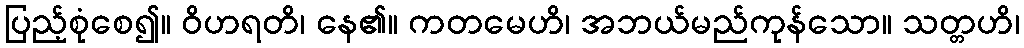
ပြည့်စုံစေ၍။ ဝိဟရတိ၊ နေ၏။ ကတမေဟိ၊ အဘယ်မည်ကုန်သော။ သတ္တဟိ၊